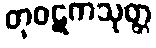
တုဝဋကသုတ္တ